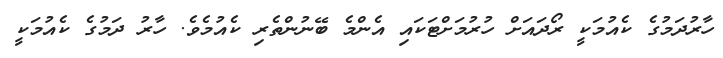
ހާރުދަމުގެ ކެއުމަކީ ރޯދައަށް ހުރުމަށްޓަކައި އެންމެ ބޭނުންތެރި ކެއުމެވެ. ހާރު ދަމުގެ ކެއުމަކީ